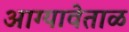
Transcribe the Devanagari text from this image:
आग्यावेताळ